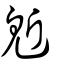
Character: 鬿